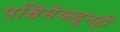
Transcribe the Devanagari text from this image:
पश्चिमेकडूनही